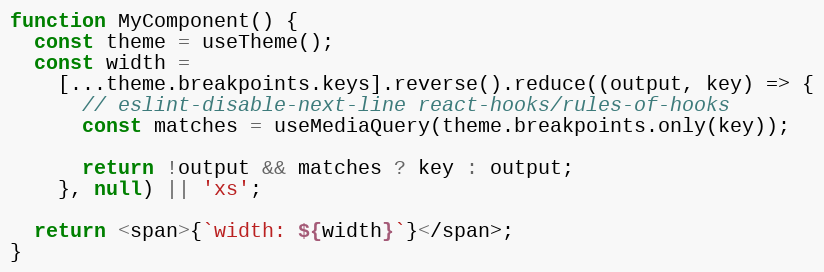
Language: JavaScript
function MyComponent() {
  const theme = useTheme();
  const width =
    [...theme.breakpoints.keys].reverse().reduce((output, key) => {
      // eslint-disable-next-line react-hooks/rules-of-hooks
      const matches = useMediaQuery(theme.breakpoints.only(key));

      return !output && matches ? key : output;
    }, null) || 'xs';

  return <span>{`width: ${width}`}</span>;
}